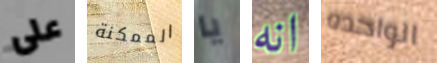
على الممكنة يا انه الواحده